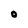
Character: O